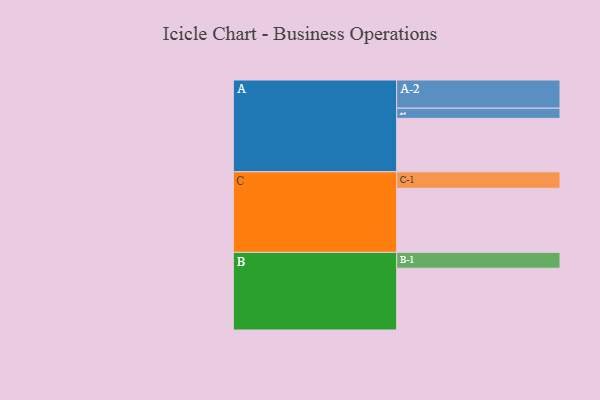
{"axis": {"x": "Segment", "y": "Value"}, "legend": ["", "A", "B", "C"], "data": [{"x": "A", "y": 472, "type": ""}, {"x": "B", "y": 546, "type": ""}, {"x": "C", "y": 566, "type": ""}, {"x": "A-1", "y": 90, "type": "A"}, {"x": "A-2", "y": 249, "type": "A"}, {"x": "B-1", "y": 140, "type": "B"}, {"x": "C-1", "y": 146, "type": "C"}]}